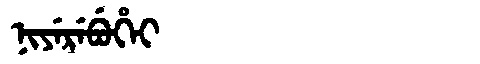
Manchu: ᠨᡳᠶᡝᡵᡝᠪᡠᡥᡝᡳ
Romanization: NIYEREBUHEI